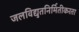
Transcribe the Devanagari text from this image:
जलविद्युतनिर्मितीकरता